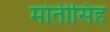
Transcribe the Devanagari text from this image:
मोतीसिंह